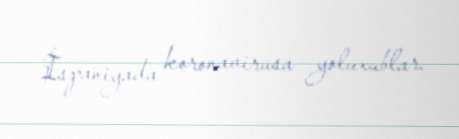
İspaniyada koronavirusa yoluxublar.